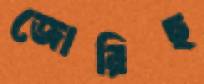
জোরিছ